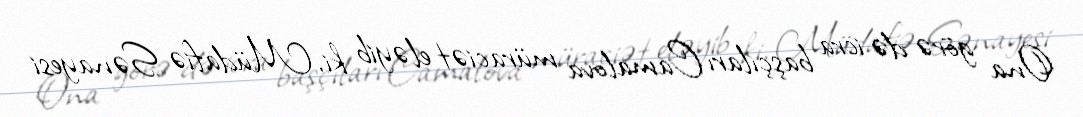
Ona görə də icra başçıları Camalova müraciət eləyib ki, Müdafiə Sənayesi